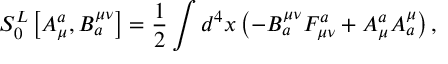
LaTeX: S _ { 0 } ^ { L } \left[ A _ { \mu } ^ { a } , B _ { a } ^ { \mu \nu } \right] = \frac 1 2 \int d ^ { 4 } x \left( - B _ { a } ^ { \mu \nu } F _ { \mu \nu } ^ { a } + A _ { \mu } ^ { a } A _ { a } ^ { \mu } \right) ,